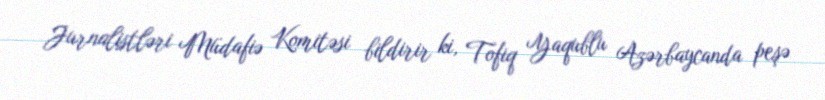
Jurnalistləri Müdafiə Komitəsi bildirir ki, Tofiq Yaqublu Azərbaycanda peşə